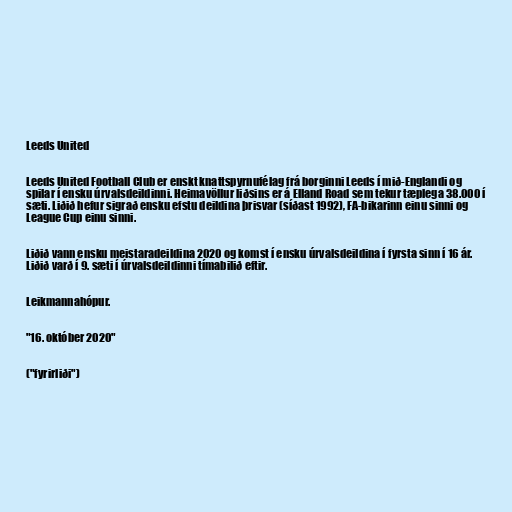
Leeds United

Leeds United Football Club er enskt knattspyrnufélag frá borginni Leeds í mið-Englandi og
spilar í ensku úrvalsdeildinni. Heimavöllur liðsins er á Elland Road sem tekur tæplega 38.000 í
sæti. Liðið hefur sigrað ensku efstu deildina þrisvar (síðast 1992), FA-bikarinn einu sinni og
League Cup einu sinni.

Liðið vann ensku meistaradeildina 2020 og komst í ensku úrvalsdeildina í fyrsta sinn í 16 ár.
Liðið varð í 9. sæti í úrvalsdeildinni tímabilið eftir.

Leikmannahópur.

"16. október 2020"

("fyrirliði")